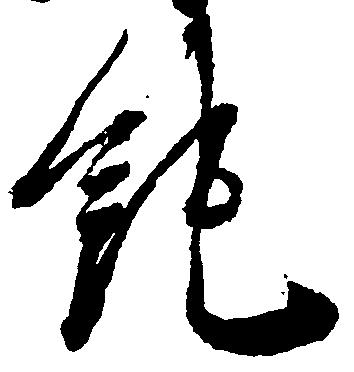
純